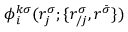
\phi _ { i } ^ { k \sigma } ( r _ { j } ^ { \sigma } ; \{ r _ { / j } ^ { \sigma } , r ^ { \bar { \sigma } } \} )